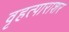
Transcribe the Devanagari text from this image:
वृहत्पाराशर